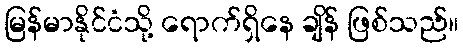
မြန်မာနိုင်ငံသို့ ရောက်ရှိနေ ချိန် ဖြစ်သည်။